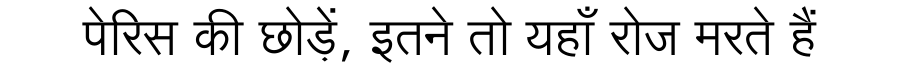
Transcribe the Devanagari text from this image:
पेरिस की छोड़ें, इतने तो यहाँ रोज मरते हैं